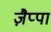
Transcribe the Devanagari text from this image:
ज़ैप्पा